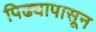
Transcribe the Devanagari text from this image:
पिढ्यापासून